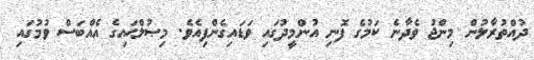
ދުއްތުރާލުން މިންޖު ވެދާނެ ކަމުގެ ފޮނި އުންމީދުގައި ވަޑައިގެންފިއެވެ. މިޞުލްޙައިގެ އެއްބަސް ވުމުގައި